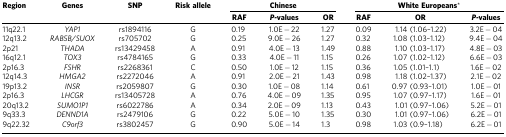
<table><thead><tr><td><b>Region</b></td><td><b>Genes</b></td><td><b>SNP</b></td><td><b>Risk allele</b></td><td colspan="3"><b>Chinese</b></td><td colspan="3"><b>White Europeans*</b></td></tr><tr><td><b> </b></td><td><b> </b></td><td><b> </b></td><td><b> </b></td><td><b>RAF</b></td><td><b><i>P-</i>values</b></td><td><b>OR</b></td><td><b>RAF</b></td><td><b>OR</b></td><td><b><i>P-</i>values</b></td></tr></thead><tbody><tr><td>11q22.1</td><td><i>YAP1</i></td><td>rs1894116</td><td>G</td><td>0.19</td><td>1.0E−22</td><td>1.27</td><td>0.09</td><td>1.14 (1.06–1.22)</td><td>3.2E−04</td></tr><tr><td>12q13.2</td><td><i>RAB5B/SUOX</i></td><td>rs705702</td><td>G</td><td>0.25</td><td>9.0E−26</td><td>1.27</td><td>0.32</td><td>1.08 (1.03–1.12)</td><td>9.4E−04</td></tr><tr><td>2p21</td><td><i>THADA</i></td><td>rs13429458</td><td>A</td><td>0.91</td><td>4.0E−13</td><td>1.49</td><td>0.88</td><td>1.10 (1.03–1.17)</td><td>4.8E−03</td></tr><tr><td>16q12.1</td><td><i>TOX3</i></td><td>rs4784165</td><td>G</td><td>0.33</td><td>4.0E−11</td><td>1.15</td><td>0.26</td><td>1.07 (1.02–1.12)</td><td>6.6E−03</td></tr><tr><td>2p16.3</td><td><i>FSHR</i></td><td>rs2268361</td><td>C</td><td>0.50</td><td>1.0E−12</td><td>1.15</td><td>0.36</td><td>1.05 (1.01–1.1)</td><td>1.6E−02</td></tr><tr><td>12q14.3</td><td><i>HMGA2</i></td><td>rs2272046</td><td>A</td><td>0.91</td><td>2.0E−21</td><td>1.43</td><td>0.98</td><td>1.18 (1.02–1.37)</td><td>2.1E−02</td></tr><tr><td>19p13.2</td><td><i>INSR</i></td><td>rs2059807</td><td>G</td><td>0.30</td><td>1.0E−08</td><td>1.14</td><td>0.61</td><td>0.97 (0.93–1.01)</td><td>1.0E−01</td></tr><tr><td>2p16.3</td><td><i>LHCGR</i></td><td>rs13405728</td><td>A</td><td>0.76</td><td>4.0E−09</td><td>1.35</td><td>0.95</td><td>1.07 (0.97–1.17)</td><td>1.6E−01</td></tr><tr><td>20q13.2</td><td><i>SUMO1P1</i></td><td>rs6022786</td><td>A</td><td>0.34</td><td>2.0E−09</td><td>1.13</td><td>0.43</td><td>1.01 (0.97–1.06)</td><td>5.2E−01</td></tr><tr><td>9q33.3</td><td><i>DENND1A</i></td><td>rs2479106</td><td>G</td><td>0.22</td><td>5.0E−10</td><td>1.35</td><td>0.30</td><td>1.01 (0.97–1.06)</td><td>6.2E−01</td></tr><tr><td>9q22.32</td><td><i>C9orf3</i></td><td>rs3802457</td><td>G</td><td>0.90</td><td>5.0E−14</td><td>1.3</td><td>0.98</td><td>1.03 (0.9–1.18)</td><td>6.2E−01</td></tr></tbody></table>